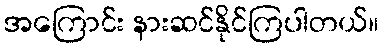
အကြောင်း နားဆင်နိုင်ကြပါတယ်။